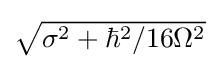
{\textstyle {\sqrt {\sigma ^{2}+\hbar ^{2}/16\Omega ^{2}}}}